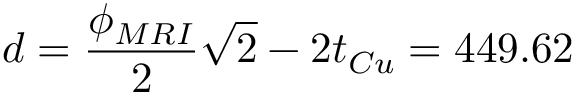
d = \frac { \phi _ { M R I } } { 2 } \sqrt { 2 } - 2 t _ { C u } = 4 4 9 . 6 2